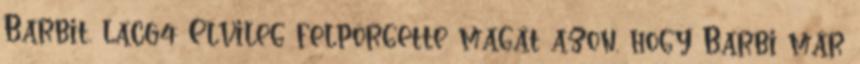
Barbit. lac64: Elvileg felpörgette magát azon, hogy Barbi már